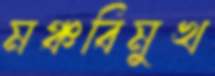
মঞ্চবিমুখ